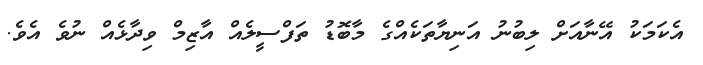
އެކަމަކު އޭނާއަށް ލިބުނު އަނިޔާތަކެއްގެ މާބޮޑު ތަފްސީލެއް އާޒިމް ވިދާޅެއް ނުވެ އެވެ.